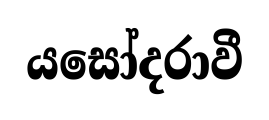
යසෝදරාවී